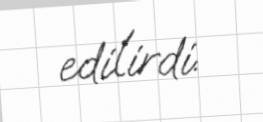
edilirdi.